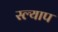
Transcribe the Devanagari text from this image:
स्ल्याप